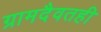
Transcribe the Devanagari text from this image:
ग्रामदैवतही